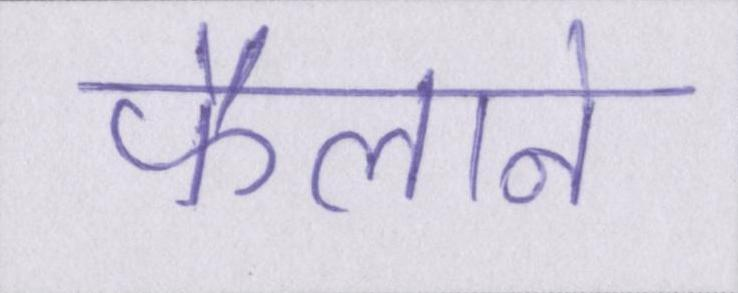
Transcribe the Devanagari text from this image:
फैलाने